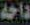
داخة